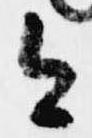
今